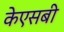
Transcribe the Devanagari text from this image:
केएसबी